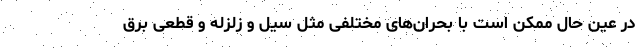
در عین حال ممکن است با بحران‌های مختلفی مثل سیل و زلزله و قطعی برق